Plague in India, 1896, 1897 - Volume 3
Year: 1896
Disease focus: Plague
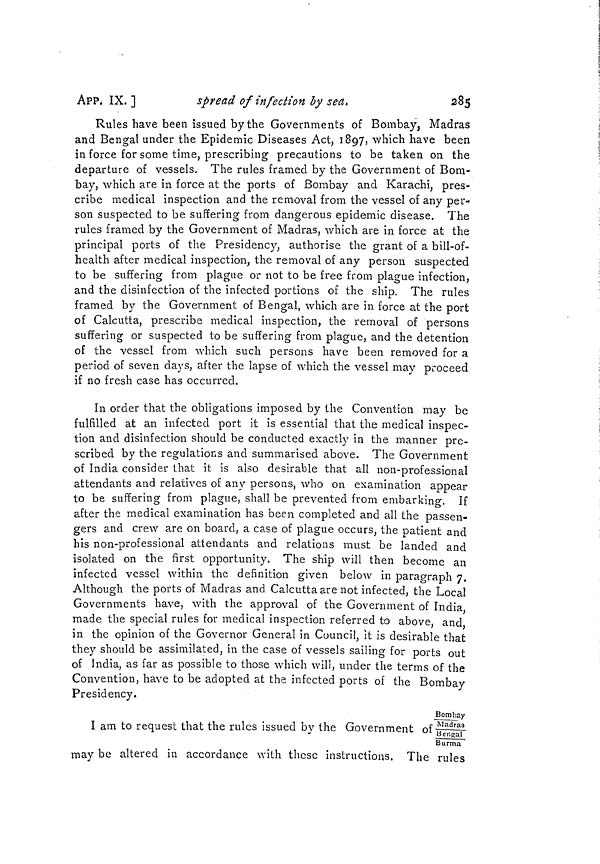
APP. IX. ]
spread of infection by sea.
285
Rules have been issued by the Governments of Bombay, Madras
and Bengal under the Epidemic Diseases Act, 1897, which have been
in force for some time, prescribing precautions to be taken on the
departure of vessels. The rules framed by the Government of Bom-
bay, which are in force at the ports of Bombay and Karachi, pres-
cribe medical inspection and the removal from the vessel of any per-
son suspected to be suffering from dangerous epidemic disease. The
rules framed by the Government of Madras, which are in force at the
principal ports of the Presidency, authorise the grant of a bill-of-
health after medical inspection, the removal of any person suspected
to be suffering from plague or not to be free from plague infection,
and the disinfection of the infected portions of the ship. The rules
framed by the Government of Bengal, which are in force at the port
of Calcutta, prescribe medical inspection, the removal of persons
suffering or suspected to be suffering from plague, and the detention
of the vessel from which such persons have been removed for a
period of seven days, after the lapse of which the vessel may proceed
if no fresh case has occurred.
In order that the obligations imposed by the Convention may be
fulfilled at an infected port it is essential that the medical inspec-
tion and disinfection should be conducted exactly in the manner pre-
scribed by the regulations and summarised above. The Government
of India consider that it is also desirable that all non-professional
attendants and relatives of any persons, who on examination appear
to be suffering from plague, shall be prevented from embarking. If
after the medical examination has been completed and all the passen-
gers and crew are on board, a case of plague occurs, the patient and
his non-professional attendants and relations must be landed and
isolated on the first opportunity. The ship will then become an
infected vessel within the definition given below in paragraph 7.
Although the ports of Madras and Calcutta are not infected, the Local
Governments have, with the approval of the Government of India,
made the special rules for medical inspection referred to above, and
in the opinion of the Governor General in Council, it is desirable that
they should be assimilated, in the case of vessels sailing for ports out
of India, as far as possible to those which will, under the terms of the
Convention, have to be adopted at the infected ports of the Bombay
Presidency.
Bombay
I am to request that the rules issued by the Government of bengal
Burma
may be altered in accordance with these instructions. The rules